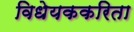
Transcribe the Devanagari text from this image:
विधेयककरिता